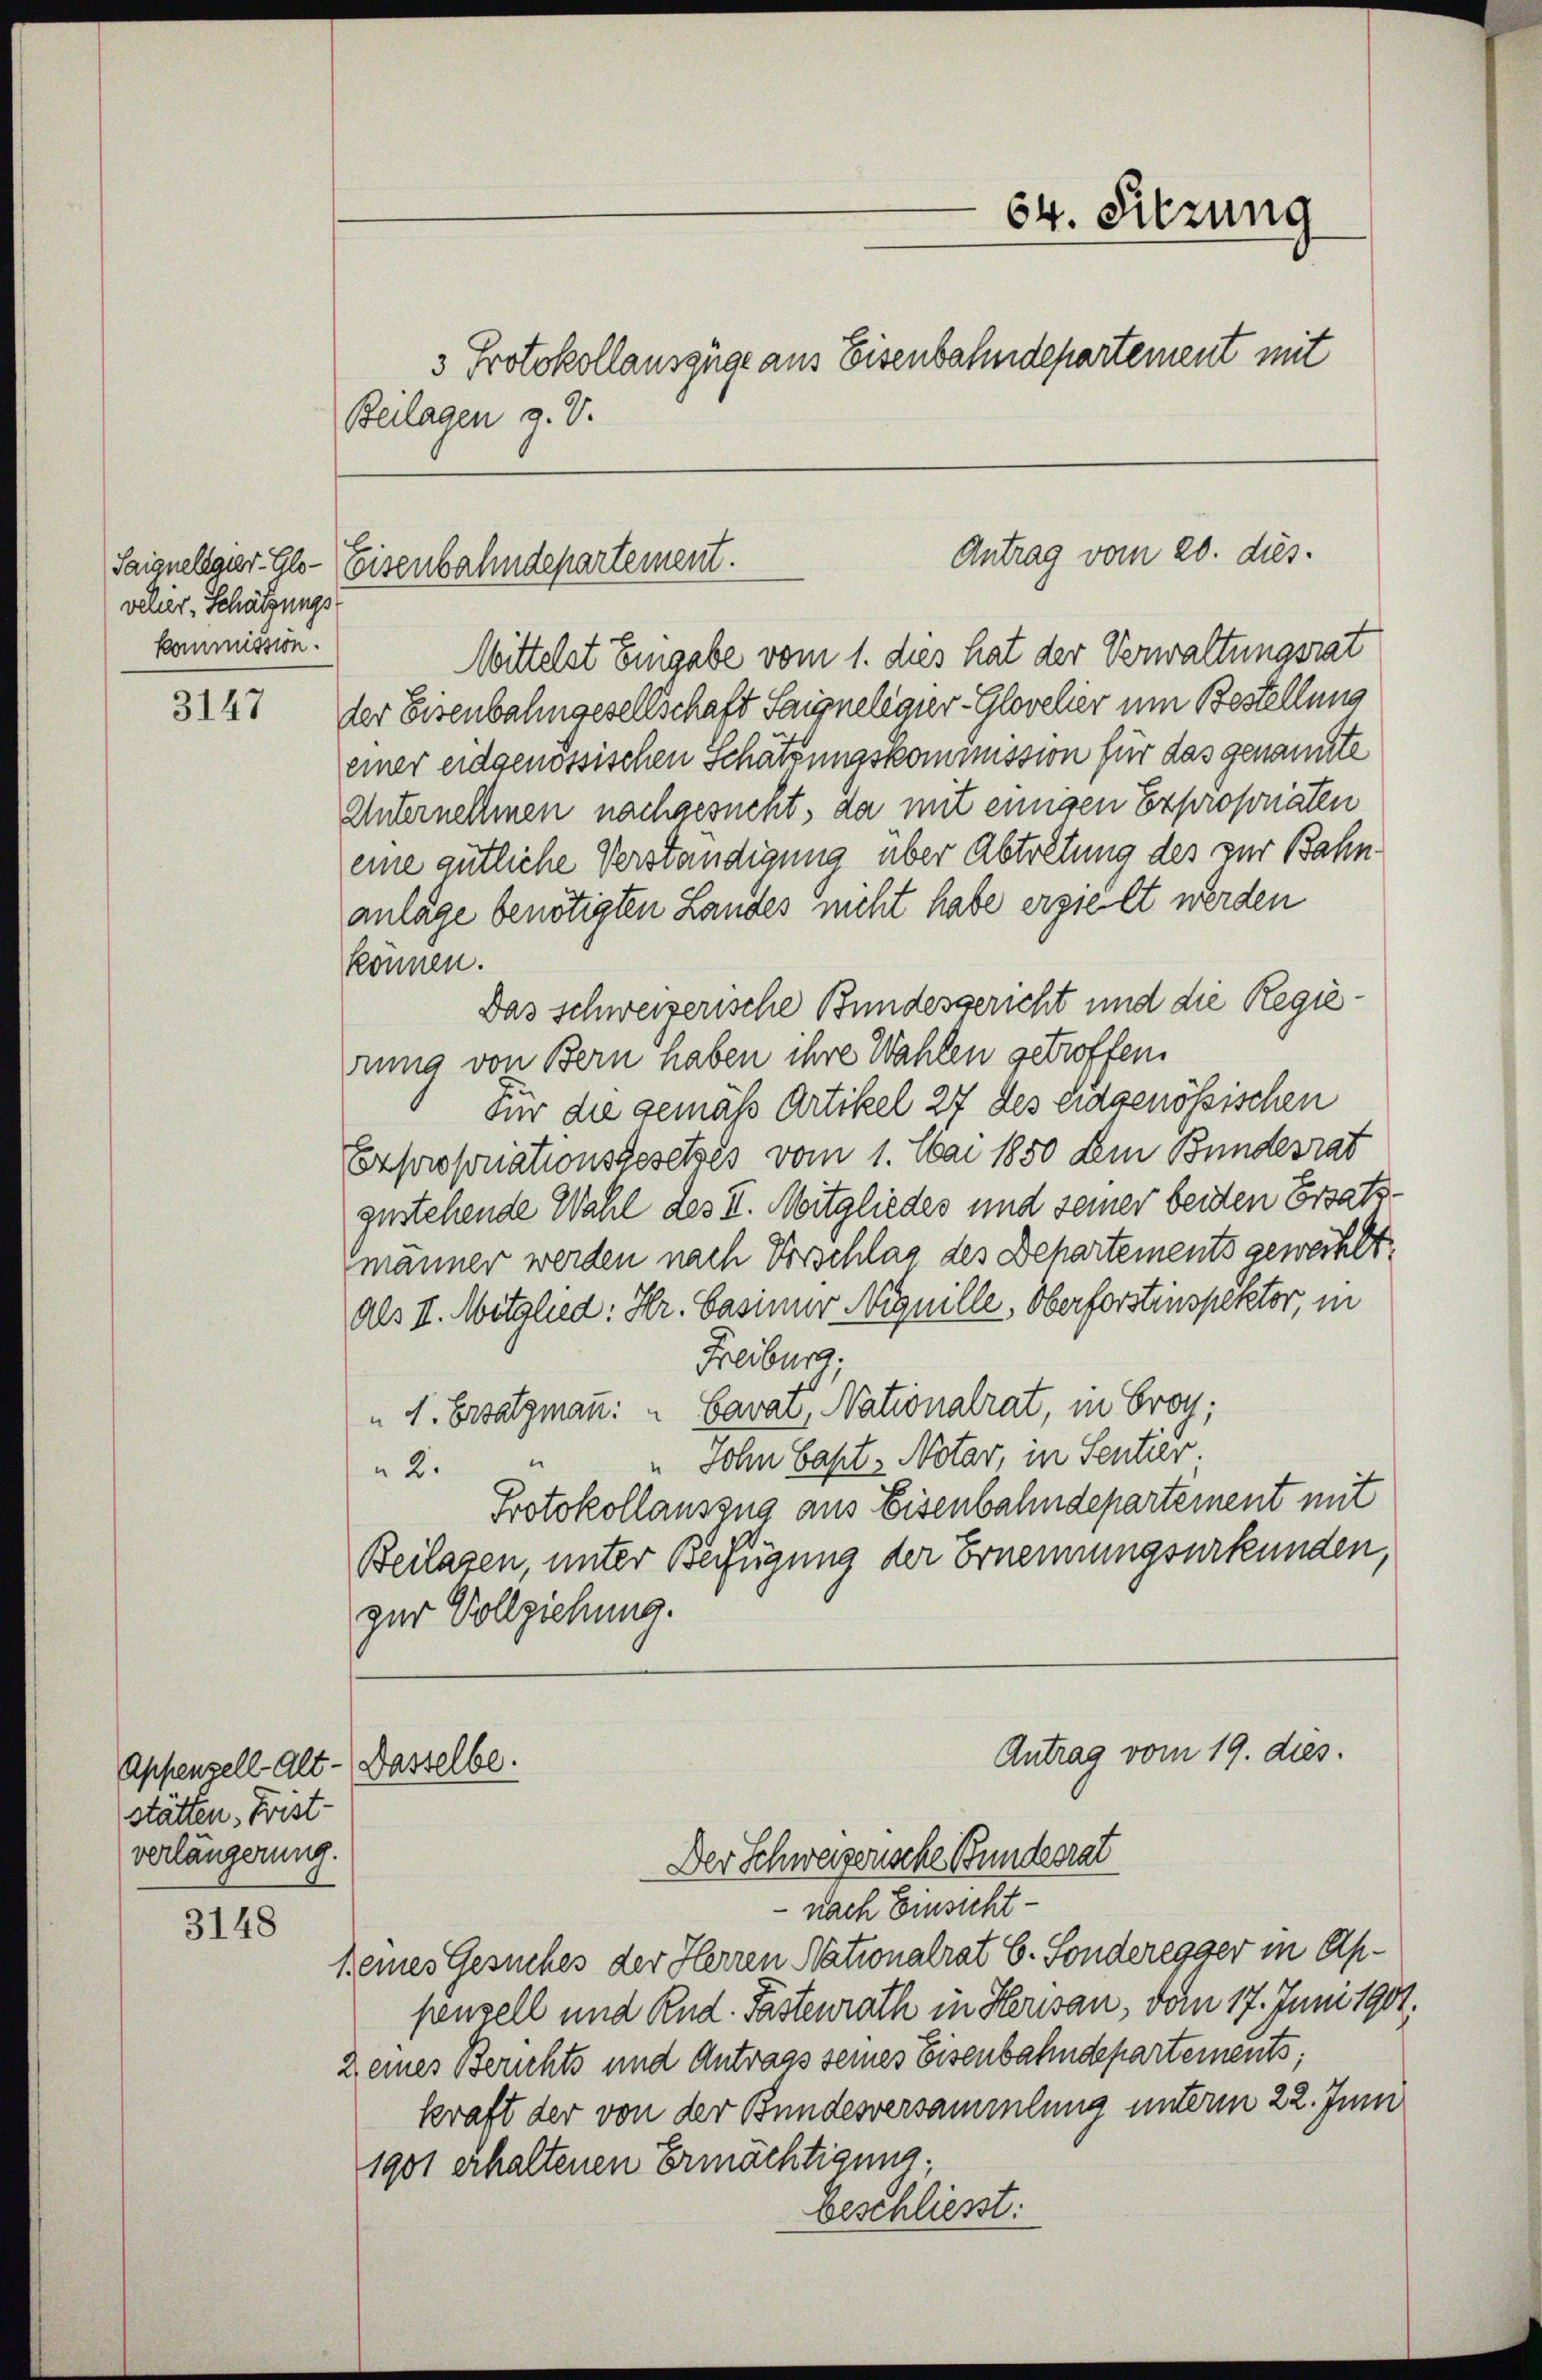
velier, Schätzungs
kommission.

3147

Appenzell Alt-Dasselbe.
stätten. Frist-
verlängerung.

3148

Beilagen z. B.

Antrag vom 20. dies.
Saignelegier- Glo- Eisenbahndepartement.

Mittelst Eingabe vom 1. dies hat der Verwaltungsrat
ter Eisenbahngesellschaft Saugpnelegier-Glovelier um Bestellung
einer eidgenössischen Schätzungskommission für das genannte
Unternehmen nachgesucht, da mit einigen Exproponaten
eine gütliche Verständigung über Abtretung des zur Bahnanlage benötigten Landes nicht habe erzielt werden
können.
Das schweizerische Bundesgericht und die Regierung von Bern haben ihre Wahlen getroffen.
Für die gemäß Artikel 27 des eidgenössischen
Expropriationsgesetzes vom 1. Mai 1850 dem Bundesrat
zustehende Wahl des II. Mitgliedes und seiner beiden Ersatzmänner werden nach Vorschlag des Behartements geweiht.
als II. Mitglied: Hr. Casimir Ninille, Oberforstinspektor, in
Freiburg.
" 1. Ersatzmann: " Cavat, Nationalrat, in Eroy;
Sohn Gast- Notar, in Sentier.
2.
Protokollauszug aus Eisenbahndepartement mit
Beilasen, unter Beifügung der Ernennungsurkunden,
zur Vollziehung.
Antrag vom 19. dies.
Der Schweizerische Bundesrat
nach Einsicht
keines Gesuches der Herren Nationalrat E. Sonderegger in Appenzell und Rud. Fastenrath in Herisau, dem 17. Juni 1901.
2 eines Berichts und Antrags seines Eisenbahndepartements;
kraft der von der Bundesversammlung unterm 22. Juni
1901 erhaltenen Ermächtigung
beschließt:

64. Sitzung
3 Protokollauszüge aus Eisenbahndepartement mit